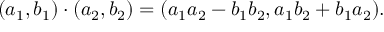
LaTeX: ( a _ { 1 } , b _ { 1 } ) \cdot ( a _ { 2 } , b _ { 2 } ) = ( a _ { 1 } a _ { 2 } - b _ { 1 } b _ { 2 } , a _ { 1 } b _ { 2 } + b _ { 1 } a _ { 2 } ) .